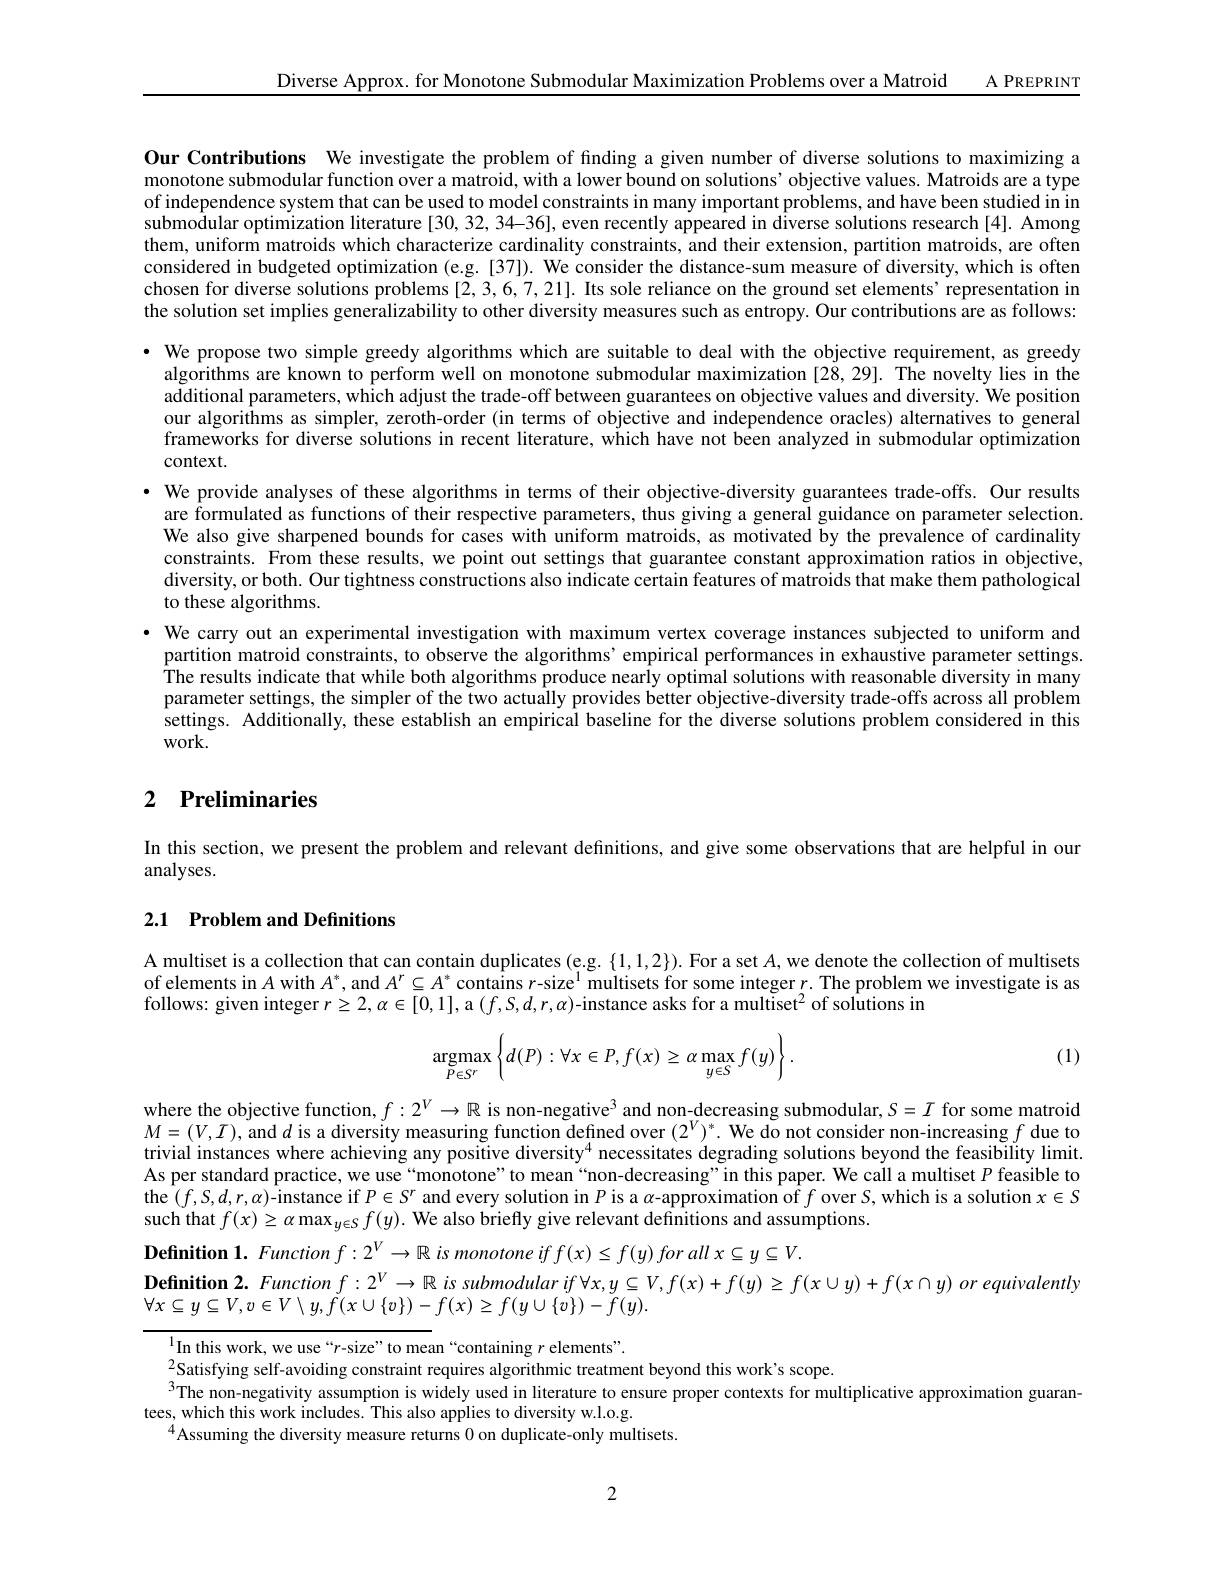
A PREPRINT

Diverse Approx. for Monotone Submodular Maximization Problems over a Matroid

Our Contributions We investigate the problem of finding a given number of diverse solutions to maximizing a monotone submodular function over a matroid, with a lower bound on solutions’ objective values. Matroids are a type of independence system that can be used to model constraints in many important problems, and have been studied in in submodular optimization literature[30,32,34-36], even recently appeared in diverse solutions research [4]. Among them, uniform matroids which characterize cardinality constraints, and their extension, partition matroids, are often considered in budgeted optimization (e.g.[37]). We consider the distance-sum measure of diversity, which is often chosen for diverse solutions problems [2,3,6,7,21]. Its sole reliance on the ground set elements' representation in the solution set implies generalizability to other diversity measures such as entropy. Our contributions are as follows: · We propose two simple greedy algorithms which are suitable to deal with the objective requirement, as greedy
algorithms are known to perform well on monotone submodular maximization [28,29]. The novelty lies in the additional parameters, which adjust the trade-off between guarantees on objective values and diversity. We position our algorithms as simpler, zeroth-order (in terms of objective and independence oracles) alternatives to general frameworks for diverse solutions in recent literature, which have not been analyzed in submodular optimization context.
$\bullet$ We provide analyses of these algorithms in terms of their objective-diversity guarantees trade-offs. Our results
are formulated as functions of their respective parameters, thus giving a general guidance on parameter selection We also give sharpened bounds for cases with uniform matroids, as motivated by the prevalence of cardinality constraints. From these results, we point out settings that guarantee constant approximation ratios in objective, diversity, or both. Our tightness constructions also indicate certain features of matroids that make them pathological to these algorithms.
· We carry out an experimental investigation with maximum vertex coverage instances subjected to uniform and
partition matroid constraints, to observe the algorithms' empirical performances in exhaustive parameter settings The results indicate that while both algorithms produce nearly optimal solutions with reasonable diversity in many parameter settings, the simpler of the two actually provides better objective-diversity trade-offs across all problem settings. Additionally, these establish an empirical baseline for the diverse solutions problem considered in this work.

## 2 Preliminaries

In this section, we present the problem and relevant definitions, and give some observations that are helpful in our
analyses.

## 2.1 Problem and Definitions

A multiset is a collection that can contain duplicates (e.g. $\{1,1,2\}).$ For a set $A$, we denote the collection of multisets of elements in $A$ with $A^*$, and $A^r\subseteq A^*$contains $r$-size$^1$ multisets for some integer $r.$ The problem we investigate is as follows: given integer $r\geq2,\alpha\in[0,1]$, a $(f,S,d,r,\alpha)$-instance asks for a multiset$^2$ of solutions in

(1)
$$\underset{P\in S^r}{\text{argmax}}\left\{d(P):\forall x\in P,f(x)\geq\alpha\max_{y\in S}f(y)\right\}.$$
where the objective function, $f: 2^V\to \mathbb{R} \text{ is non- negative}^3$ and non-decreasing submodular, $S=I$ for some matroid $M=(V,I)$, and $d$ is a diversity measuring function defined over $(2^V)^*.$ We do not consider non-increasing $f$ due to trivial instances where achieving any positive diversity$^{4}$ necessitates degrading solutions beyond the feasibility limit. As per standard practice, we use“monotone” to mean“non-decreasing’’in this paper. We call a multiset $P$ feasible to the $(f,S,d,r,\alpha)$-instance if $P\in S^r$ and every solution in $P$ is a $\alpha$-approximation of $f$ over $S$,which is a solution $x\in S$ such that $f(x)\geq\alpha\max_{y\in S}f(y).$ We also briefly give relevant definitions and assumptions.
Definition 1. Function $f:2^V\to\mathbb{R}$ is monotone if $f( x) \leq f( y) \textit{for all }x\subseteq y\subseteq V.$
$\begin{aligned}\textbf{Definition 2. Function }f:2^V\to\mathbb{R}~is~submodular~if~\forall x,y\subseteq V,f(x)+f(y)\geq f(x\cup y)+f(x\cap y)~or~equivalently\end{aligned}$
$\forall x\subseteq y\subseteq V,v\in V\setminus y,\check{f}(x\cup\{v\})-f(x)\geq f(y\cup\{v\})-\widetilde{f}(y).$

$^{1}$In this work, we use“r-size”to mean“containing $r$ elements".
$_{2}$Satisfying self-avoiding constraint requires algorithmic treatment beyond this work's scope.
$^{3}$The non-negativity assumption is widely used in literature to ensure proper contexts for multiplicative approximation guaran-
tees, which this work includes. This also applies to diversity w.l.o.g.
$^{4}$Assuming the diversity measure returns 0 on duplicate-only multisets.

2